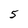
Character: 5